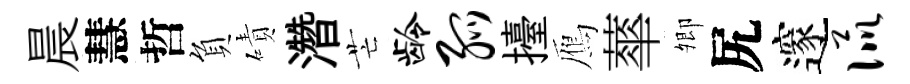
晨慧哲負磧濳芒龄弧擡鴈蕐𡖖尻邃侃